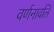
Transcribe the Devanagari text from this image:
वर्णनावलि